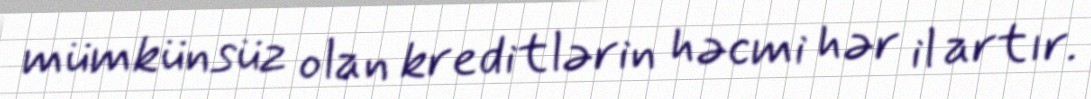
mümkünsüz olan kreditlərin həcmi hər il artır.